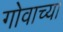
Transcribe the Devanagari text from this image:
गोवाच्या